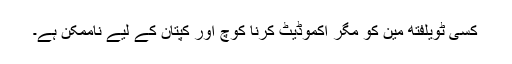
کسی ٹویلفتھ مین کو مگر اکموڈیٹ کرنا کوچ اور کپتان کے لیے ناممکن ہے۔